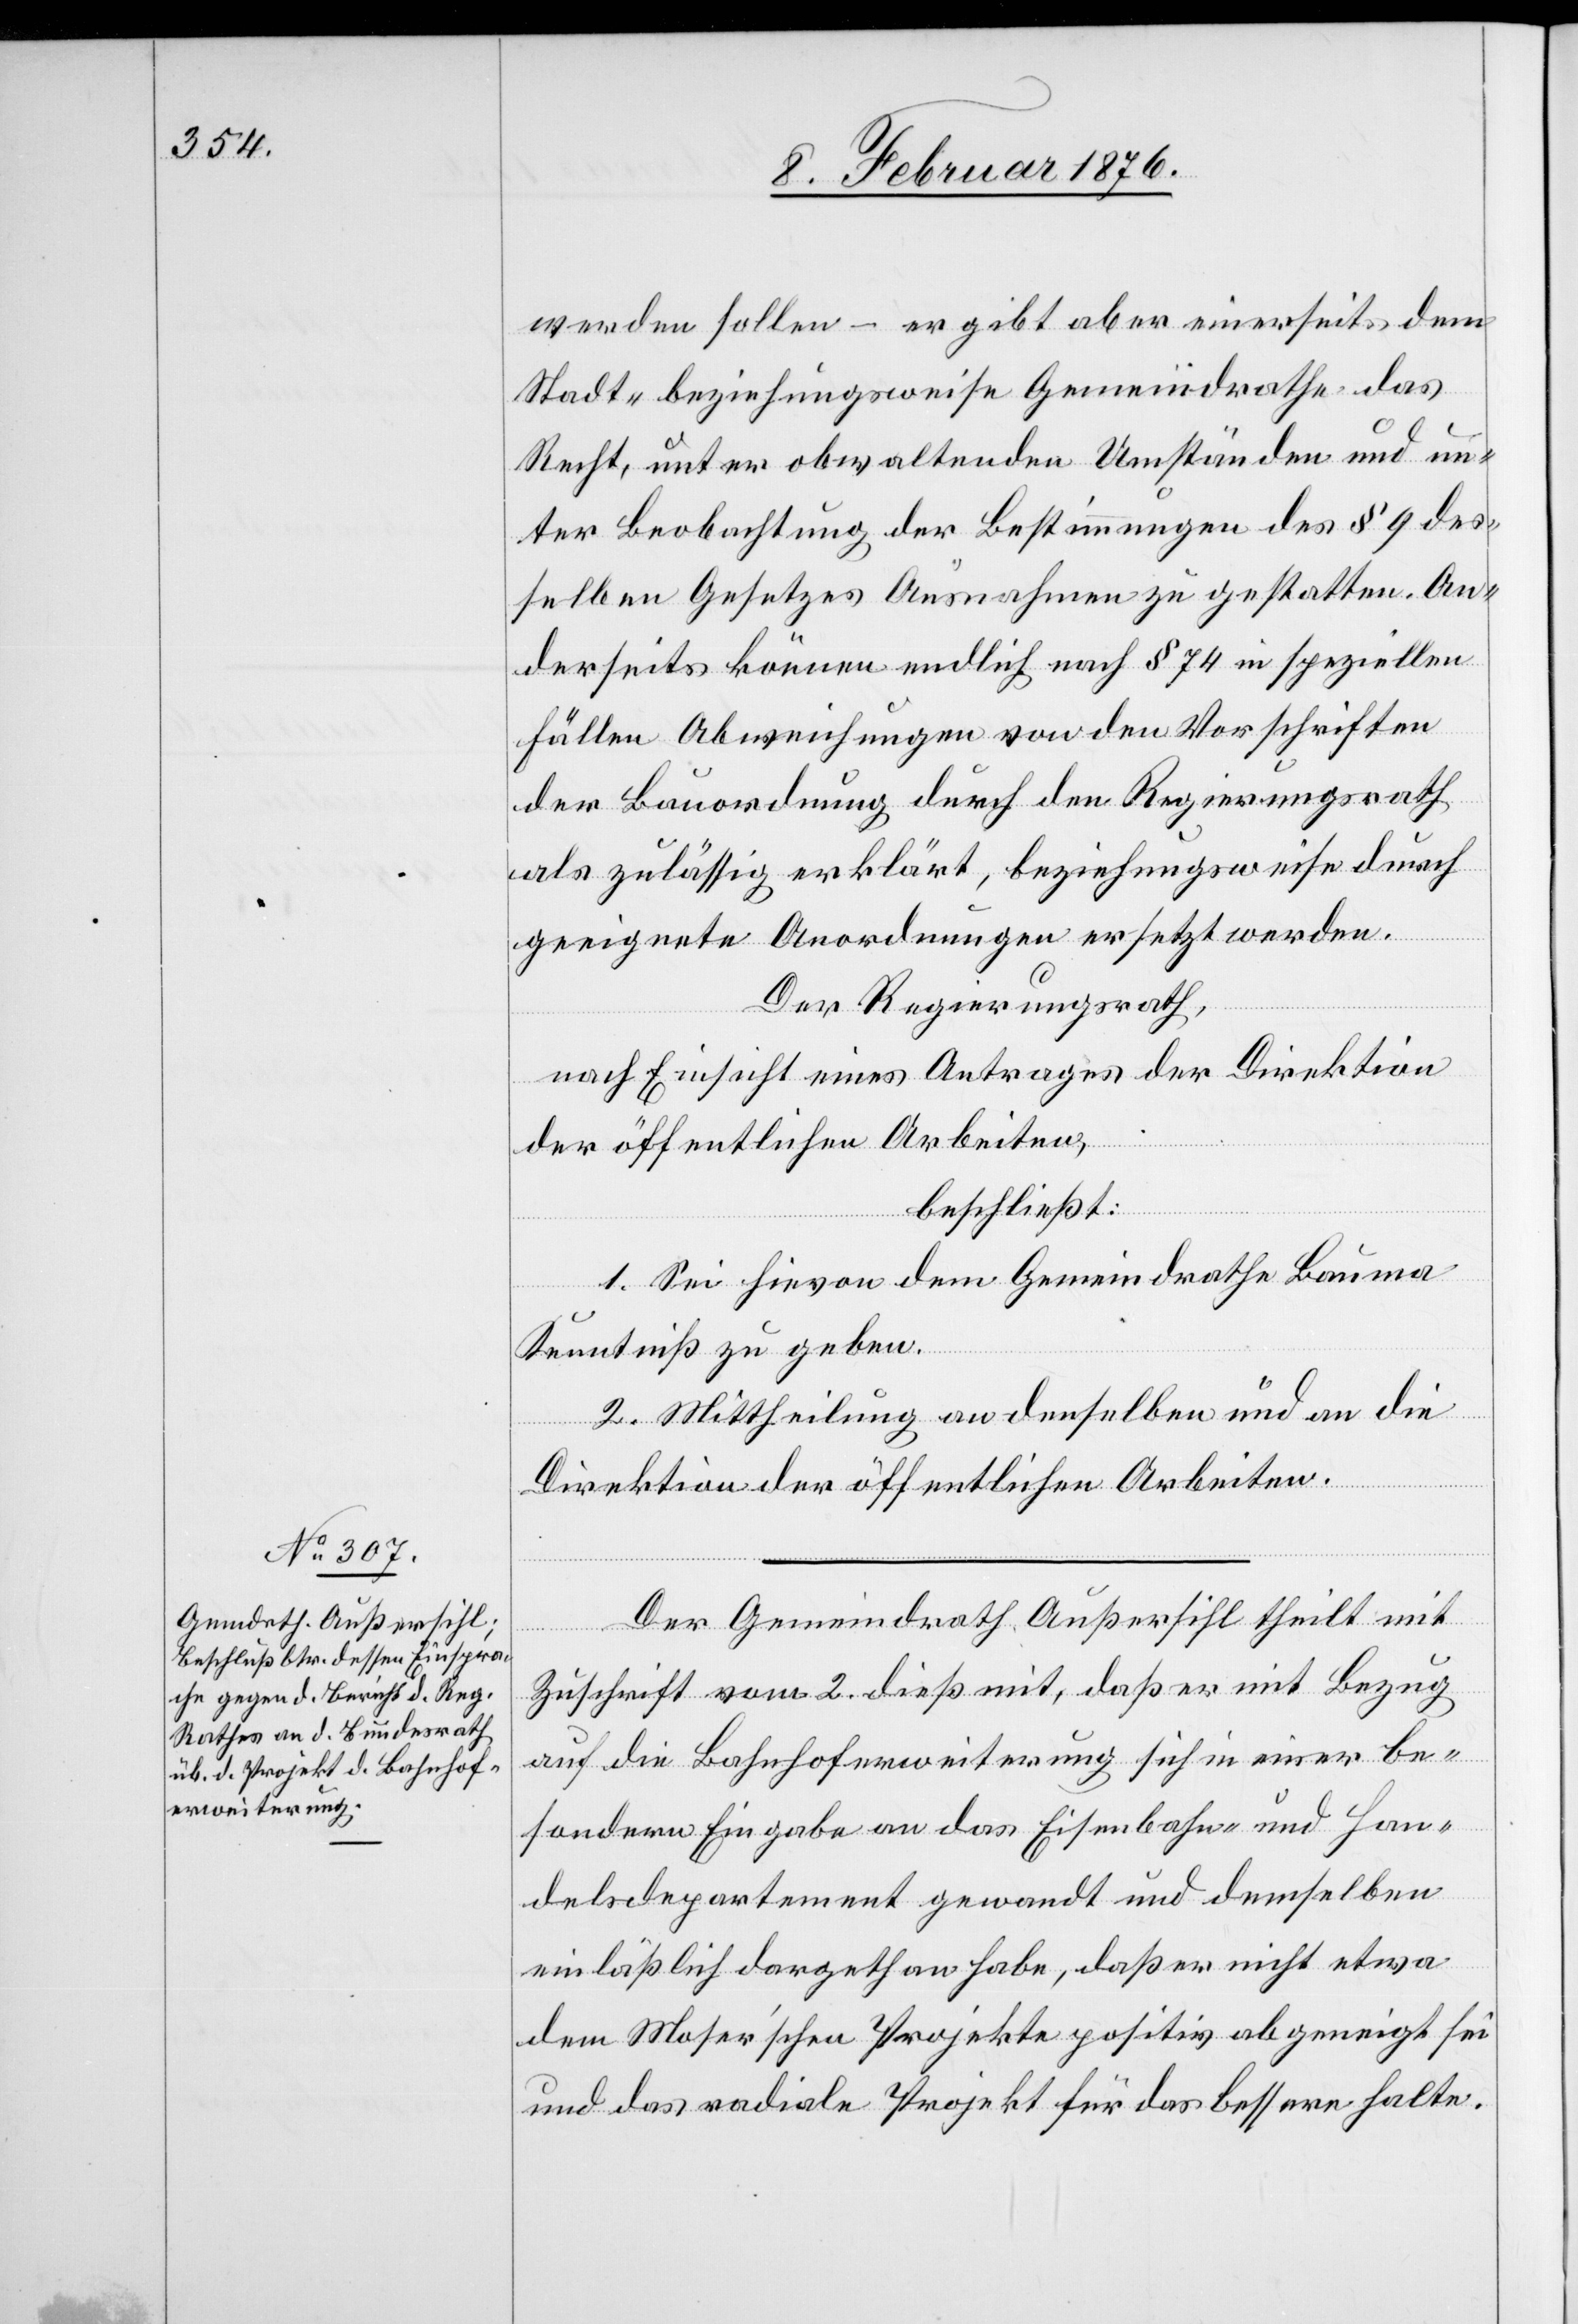
werden sollen – er gibt aber einerseits dem
Stadt- beziehungsweise Gemeindrathe das
Recht, unter obwaltenden Umständen und un¬
ter Beobachtung der Bestimmungen des § 9 des¬
selben Gesetzes Ausnahmen zu gestatten. An¬
derseits können endlich nach § 74 in speziellen
Fällen Abweichungen von den Vorschriften
der Bauordnung durch den Regierungsrath
als zulässig erklärt, beziehungsweise durch
geeignete Anordnungen ersetzt werden.
Der Regierungsrath,
nach Einsicht eines Antrages der Direktion
der öffentlichen Arbeiten,
beschließt:
1. Sei hievon dem Gemeindrathe Bauma
Kenntnis zu geben.
2. Mittheilung an denselben und an die
Direktion der öffentlichen Arbeiten.
Der Gemeinderath Außersihl theilt mit
Zuschrift vom 2. dieß mit, daß mit Bezug
auf die Bahnhoferweiterung sich in einer be¬
sonderen Eingabe an das Eisenbahn- und Han¬
delsdepartement gewandt und demselben
einläßlich dargethan habe, daß er nicht etwa
dem Moser’schen Projekte positiv abgeneigt sei
und das radiale Projekt für das Bessere halte.